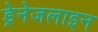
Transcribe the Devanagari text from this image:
ड्रेनेजलाइन